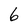
Character: 6